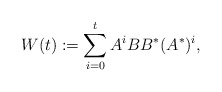
\begin{align*} W(t) := \sum_{i=0}^t A^i B B^* (A^*)^i, \end{align*}